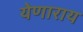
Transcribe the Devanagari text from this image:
येणाराय